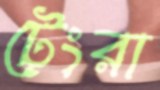
টেংরা